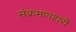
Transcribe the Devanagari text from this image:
संक्रमणहारी